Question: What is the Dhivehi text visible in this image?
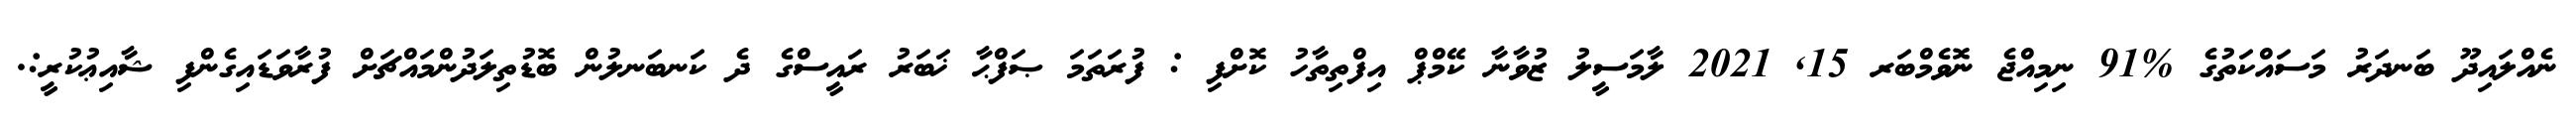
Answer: ނެއްލައިދޫ ބަނދަރު މަސައްކަތުގެ %91 ނިމިއްޖެ ނޮވެމްބަރ 15, 2021 ލާމަސީލު ޒުވާނާ ކޭމްޕް އިފްތިތާހު ކޮށްފި : ފުރަތަމަ ޞަފްޙާ ޚަބަރު ރައީސްގެ ދެ ކަނބަނލުން ބޮޑުތިލަދުންމައްޗަށް ފުރާވަޑައިގެންފި ޝާއިޢުކުރީ:.